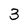
Character: 3